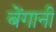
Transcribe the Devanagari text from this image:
बेंगानी